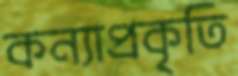
কন্যাপ্রকৃতি